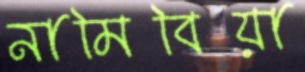
নামিবিয়া